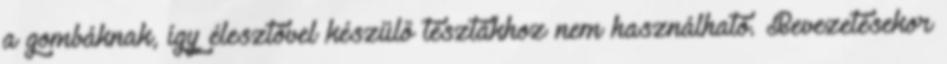
a gombáknak, így élesztővel készülő tésztákhoz nem használható. Bevezetésekor